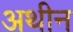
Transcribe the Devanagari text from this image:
अथीन